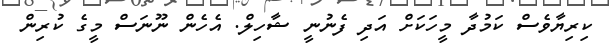
ކިރިޔާވެސް ކަމުދާ މީހަކަށް އަދި ފެނުނީ ޝާހިލް. އެހެން ނޫނަސް މީގެ ކުރިން